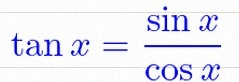
\tan x=\frac{\sin x}{\cos x}